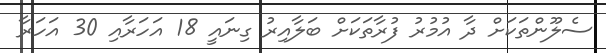
ސެލޫންތަކަށް ދާ އުމުރު ފުރާތަކަށް ބަލާއިރު ގިނައީ 18 އަހަރާއި 30 އަހަރާ